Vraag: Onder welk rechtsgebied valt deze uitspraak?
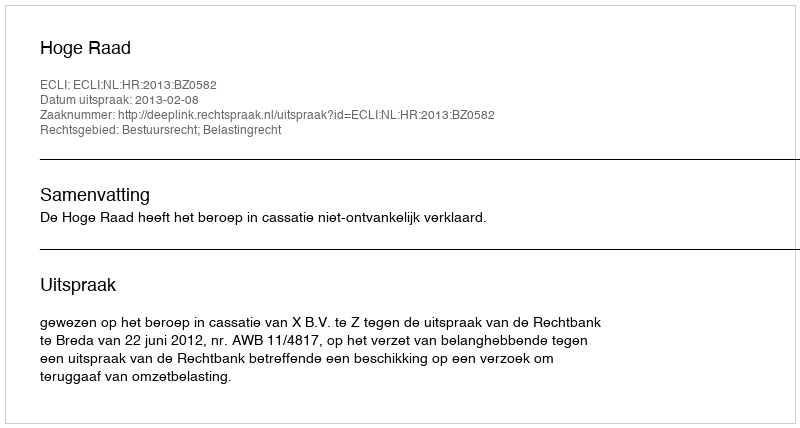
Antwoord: Bestuursrecht; Belastingrecht